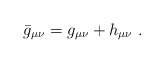
\begin{align*}\bar{g}_{\mu\nu}=g_{\mu\nu}+h_{\mu\nu}\ .\end{align*}